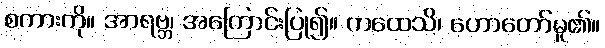
စကားကို။ အာရဗ္ဘ၊ အကြောင်းပြု၍။ ကထေသိ၊ ဟောတော်မူ၏။